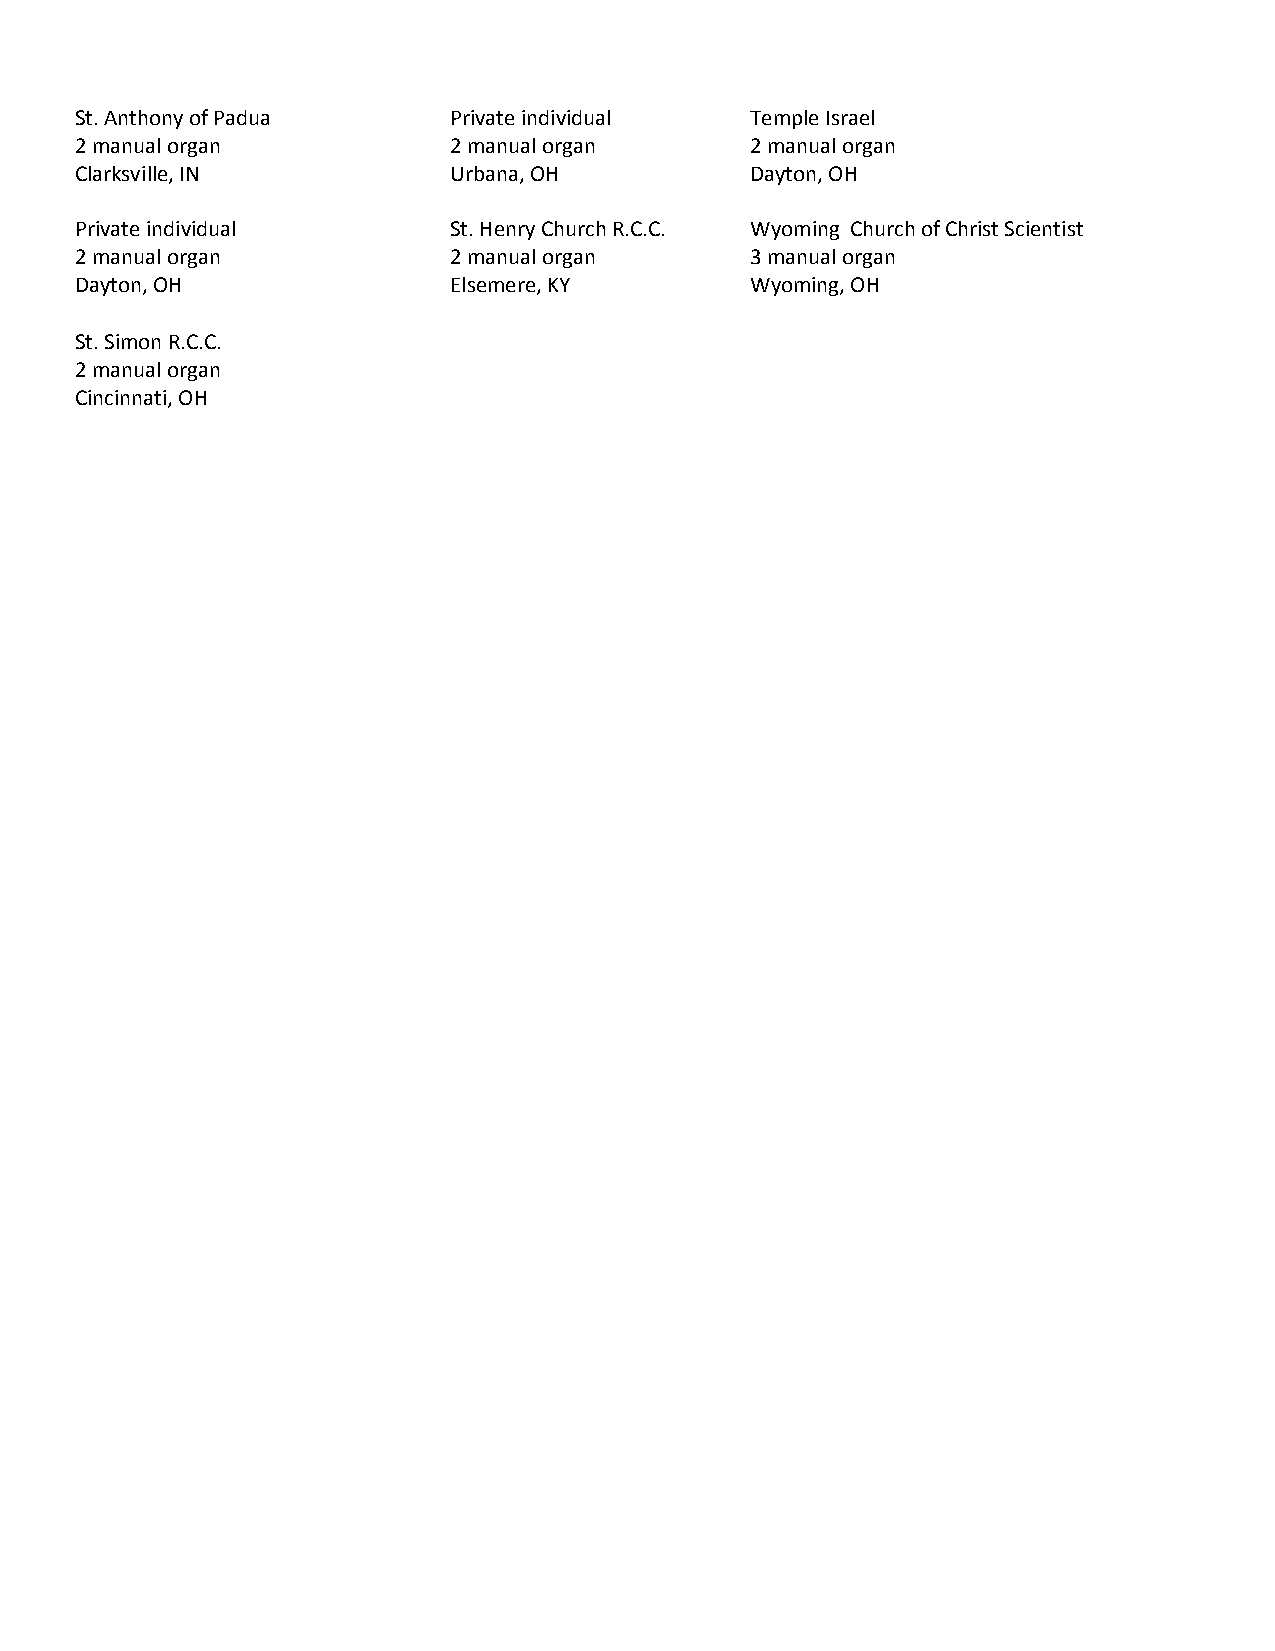
St. Anthony of Padua     Private individual  Temple Israel
 2 manual organ           2 manual organ      2 manual organ
 Clarksville, IN          Urbana, OH          Dayton, OH
 Private individual       St. Henry Church R.C.C. Wyoming Church of Christ Scientist
 2 manual organ           2 manual organ      3 manual organ
 Dayton, OH               Elsemere, KY        Wyoming, OH
 St. Simon R.C.C.
 2 manual organ
 Cincinnati, OH